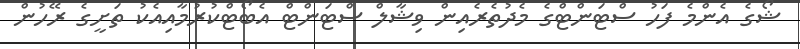
ޝޯގެ އެންމެ ފަހު ސްޓަންޓްގެ މެދުތެރެއިން ވިޝާލް ސްޓަންޓް އެބޯޓްކުރުމާއިއެކު ތަށީގެ ރޭހުން